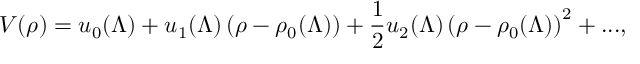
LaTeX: V ( \rho ) = u _ { 0 } ( \Lambda ) + u _ { 1 } ( \Lambda ) \left( \rho - \rho _ { 0 } ( \Lambda ) \right) + \frac { 1 } { 2 } u _ { 2 } ( \Lambda ) \left( \rho - \rho _ { 0 } ( \Lambda ) \right) ^ { 2 } + . . . ,